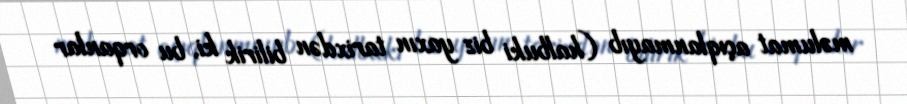
məlumat açıqlanmayıb (halbuki biz yaxın tarixdən bilirik ki, bu orqanlar